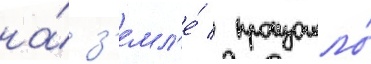
на́ з'емл'е́ / произошло́